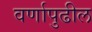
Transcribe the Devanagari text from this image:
वर्णापुढील